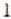
1